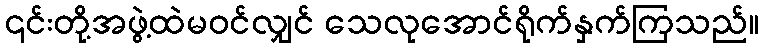
၎င်းတို့အဖွဲ့ထဲမဝင်လျှင် သေလုအောင်ရိုက်နှက်ကြသည်။